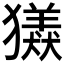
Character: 𤢮